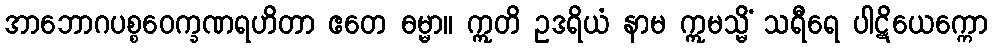
အာဘောဂပစ္စဝေက္ခဏရဟိတာ ဧတေ ဓမ္မာ။ ဣတိ ဥဒရိယံ နာမ ဣမသ္မိံ သရီရေ ပါဋိယေက္ကော